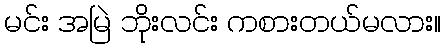
မင်း အမြဲ ဘိုးလင်း ကစားတယ်မလား။